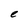
Character: e